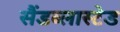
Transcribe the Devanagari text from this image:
सैंडब्लास्टेड